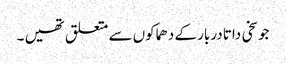
جو سخی داتا دربار کے دھماکوں سے متعلق تھیں ۔